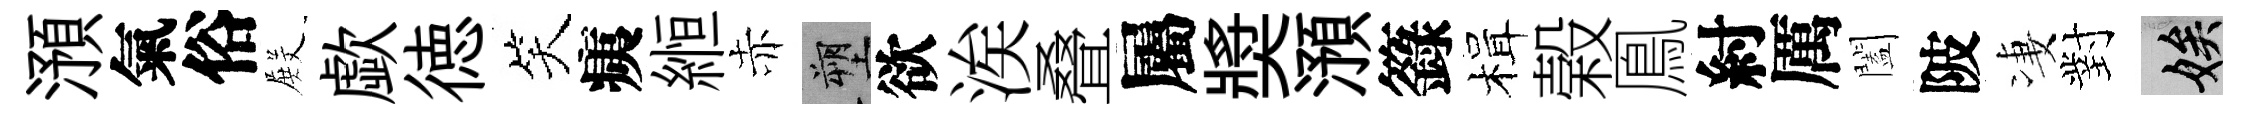
澦氣俗𭮺歔徳笑痍縆赤塑欲涘叠屬奬澦籙楫榖鳯紂厲闔陂凄對娭